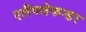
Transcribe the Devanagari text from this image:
एलैक्जेकन्डर